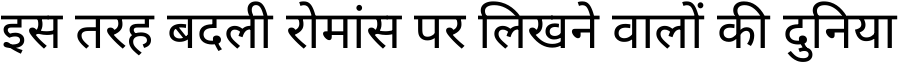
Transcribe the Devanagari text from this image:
इस तरह बदली रोमांस पर लिखने वालों की दुनिया